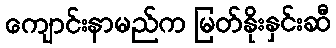
ကျောင်းနာမည်က မြတ်နိုးနှင်းဆီ